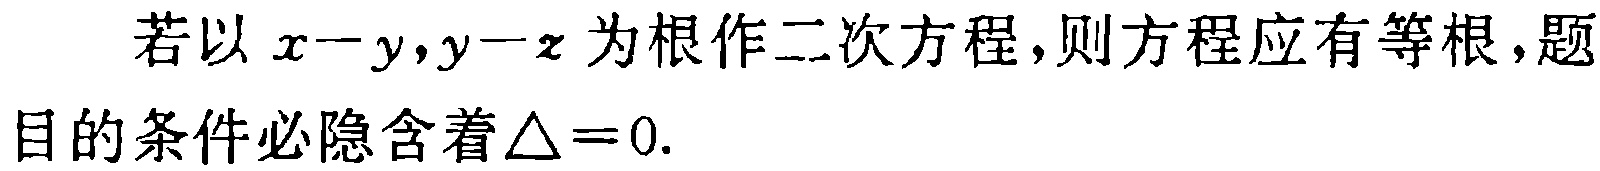
若以\(x - y,y - z\)为根作二次方程，则方程应有等根，题目的条件必隐含着\(\Delta = 0\).